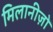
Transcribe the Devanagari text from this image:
मिलानीज़ों